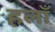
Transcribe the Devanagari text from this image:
हलाँ